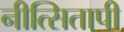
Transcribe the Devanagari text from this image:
नीत्सितापी